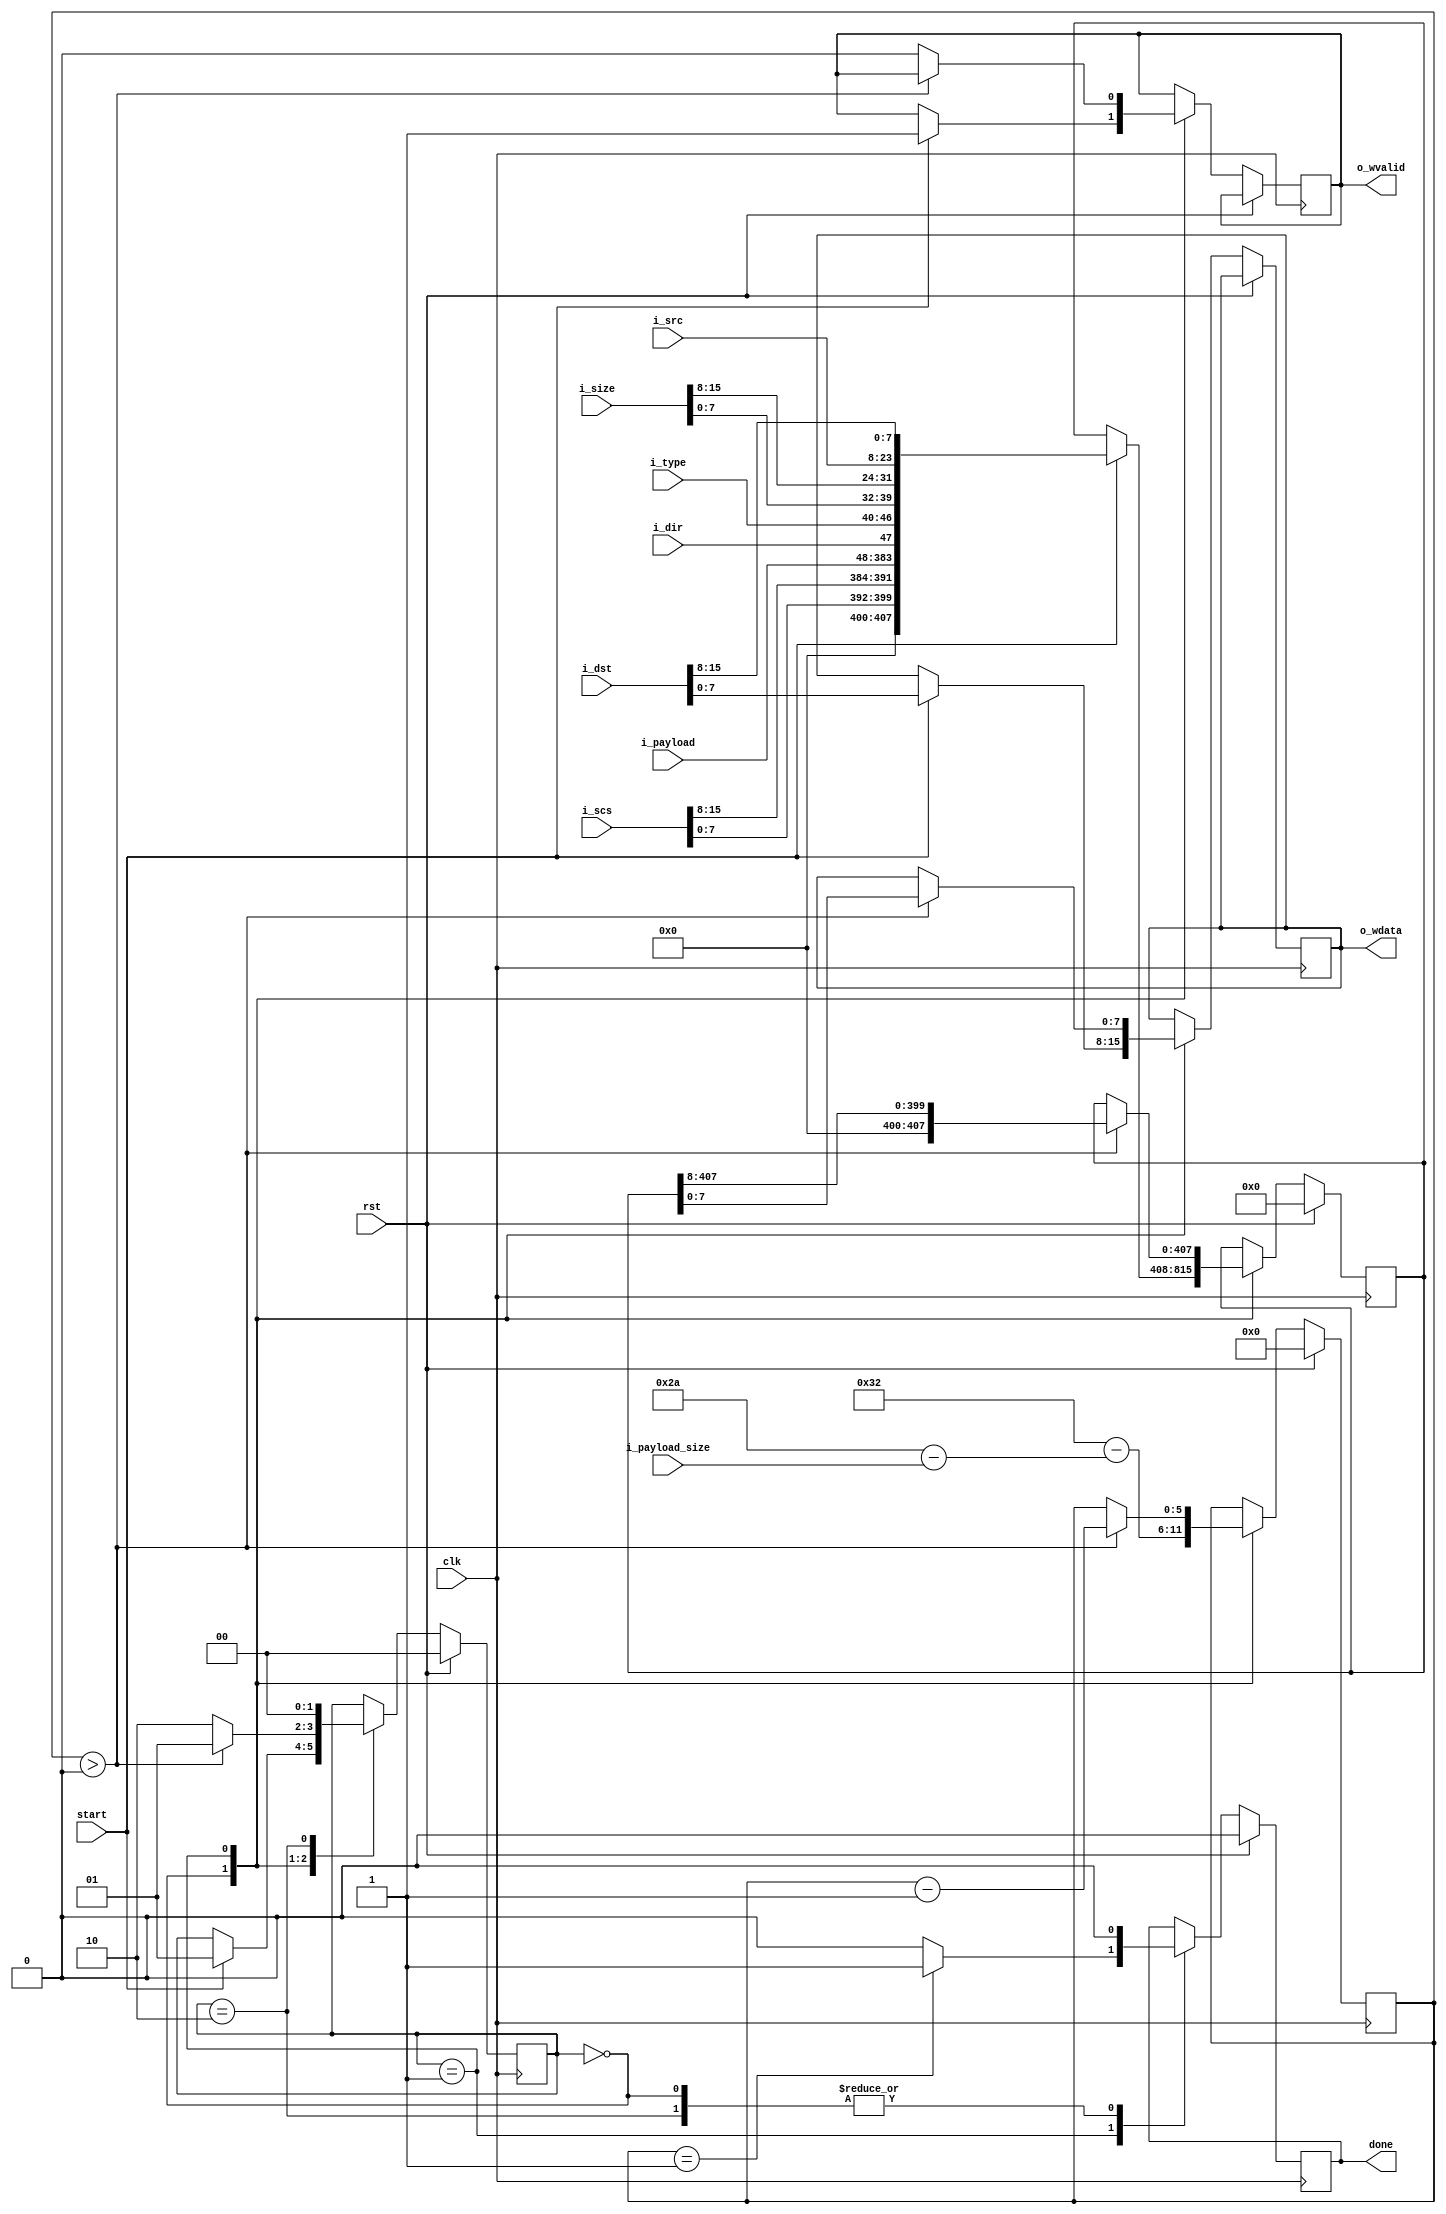
// module frame_assembly (
//     input  wire             clk,
//     input  wire             rst,

//     output reg  [7:0]       o_wdata,
//     output reg              o_wvalid,

//     input  wire [15:0]      i_dst,
//     input  wire [15:0]      i_src,
//     input  wire [15:0]      i_size,
//     input  wire             i_dir,
//     input  wire [6:0]       i_type,
//     input  wire [335:0]     i_payload,

//     output reg              done,
//     input  wire             start
// );

// reg [15:0] scs;

// localparam MHP_FRAME_LEN    = 51;

// localparam IDLE             = 2'b00;
// localparam FRAME_SENDING    = 2'b01;
// localparam FRAME_SENT       = 2'b10;

// reg [MHP_FRAME_LEN*8-1:0] frame;

// reg [1:0] state;
// reg [5:0] ctr;
// reg [1:0] shift;

// always @(posedge clk) begin
//     if (rst) begin
//         frame <= {(MHP_FRAME_LEN*8){1'b0}};
//         state <= IDLE;
//         done <= 1'b0;
//         ctr <= 0;
//         shift <= 0;
//         scs <= 0;
//     end else begin
//         case (state)
//             IDLE: begin
//                 ctr <= MHP_FRAME_LEN-1;
//                 done <= 1'b0;
//                 shift <= 0;
//                 if (start) begin
//                     frame <= { scs, i_payload, i_type, i_dir, i_size, i_src, i_dst };
//                     o_wvalid <= 1'b1;
//                     state <= FRAME_SENDING;
//                 end
//             end
//             FRAME_SENDING: begin
//                 if (ctr == 3) begin
//                     frame[MHP_FRAME_LEN*8-1 : MHP_FRAME_LEN*8-1-15] <= scs;
//                 end

//                 if (ctr > 0) begin
//                     shift <= shift + 1;
//                     scs <= scs + o_wdata << shift;
//                     state <= FRAME_SENDING;
//                     o_wdata <= frame[MHP_FRAME_LEN*8-1 : MHP_FRAME_LEN*8-1-7];
//                     frame <= frame << 8;
//                     ctr <= ctr - 1;
//                 end
//                 else begin
//                     o_wvalid <= 1'b0;
//                     state <= FRAME_SENT;
//                     done <= 1'b1;
//                 end
//             end
//             FRAME_SENT: begin
//                 state <= IDLE;
//                 done <= 1'b0;
//             end
//         endcase
//     end
// end

// endmodule

module frame_assembly (
    input  wire             clk,
    input  wire             rst,

    output reg  [7:0]       o_wdata,
    output reg              o_wvalid,

    input  wire [15:0]      i_scs,

    input  wire [15:0]      i_dst,
    input  wire [15:0]      i_src,
    input  wire [15:0]      i_size,
    input  wire             i_dir,
    input  wire [6:0]       i_type,
    input  wire [335:0]     i_payload,

    input  wire [5:0]       i_payload_size,

    output reg              done,
    input  wire             start
);

// reg [15:0] scs;

localparam MHP_FRAME_LEN    = 51;

localparam IDLE             = 2'b00;
localparam FRAME_SENDING    = 2'b01;
localparam FRAME_SENT       = 2'b10;

reg [MHP_FRAME_LEN*8-1:0] frame;

reg [1:0] state;
reg [5:0] ctr;
reg [1:0] shift;

always @(posedge clk) begin
    if (rst) begin
        frame <= {(MHP_FRAME_LEN*8){1'b0}};
        state <= IDLE;
        done <= 1'b0;
        ctr <= 0;
        shift <= 0;
        // scs <= 0;
    end else begin
        case (state)
            IDLE: begin
                ctr <= MHP_FRAME_LEN-1-(42-i_payload_size);
                done <= 1'b0;
                shift <= shift + 1;
                    //  scs <= 0;
                if (start) begin
                    frame <= {i_scs[7:0], i_scs[15:8], i_payload, i_dir, i_type, i_size[7:0], i_size[15:8], i_src[15:8], i_src[7:0], i_dst[15:8], i_dst[7:0]} >> 8;
                    o_wvalid <= 1'b1;
                    state <= FRAME_SENDING;
                    o_wdata <= i_dst[7:0];
                    // scs <= scs + (i_dst[7:0] << shift);
                end
            end
            FRAME_SENDING: begin
                // if (ctr < 3 && ctr > 0) begin
                //     o_wdata <= 0;
                //     // o_wdata <= scs[15:8];
                //     // scs <= scs << 8;
                //     ctr <= ctr - 1;
                // end
                // else
                if (ctr > 0) begin
                    shift <= shift + 1;
                    // scs <= scs + (frame[7:0] << shift);
                    state <= FRAME_SENDING;
                    o_wdata <= frame[7:0];
                    frame <= frame >> 8;
                    ctr <= ctr - 1;
                end
                else begin
                    o_wvalid <= 1'b0;
                    state <= FRAME_SENT;
                end
                if (ctr == 1) done <= 1'b1;
                else done <= 1'b0;
            end
            FRAME_SENT: begin
                shift <= 0;
                // scs <= 0;
                state <= IDLE;
                done <= 1'b0;
            end
        endcase
    end
end

endmodule